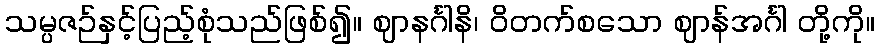
သမ္ပဇဉ်နှင့်ပြည့်စုံသည်ဖြစ်၍။ ဈာနင်္ဂါနိ၊ ဝိတက်စသော ဈာန်အင်္ဂါ တို့ကို။